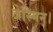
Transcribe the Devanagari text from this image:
जेस्मिन।